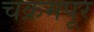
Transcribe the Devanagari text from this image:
चक्रमपूर